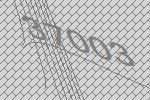
37003